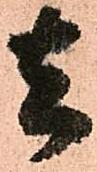
去